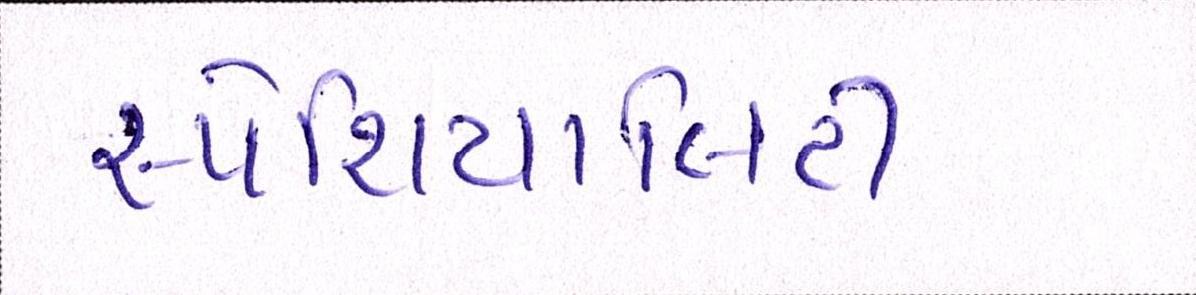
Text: સ્પેશિયાલિટી